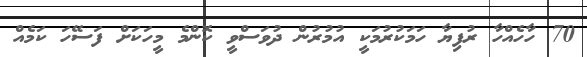
70 ހާހެއްހާ ރުފިޔާ ހަމަކުރުމަކީ އުމުރުން ދުވަސްވީ ކޮންމެ މީހަކަށް ފަސޭހަ ކަމެއް